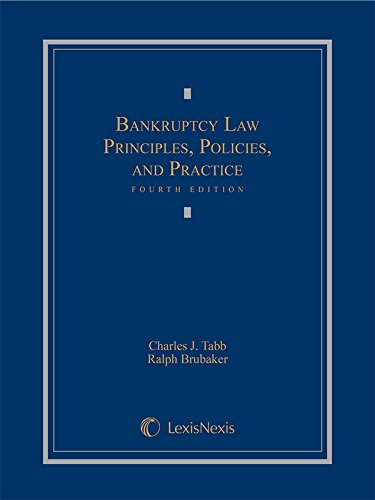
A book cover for Bankruptcy Law: Principles, Policies, and Practice (2015); Charles J. Tabb; Law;